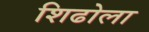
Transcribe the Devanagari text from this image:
शिढोला